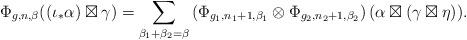
LaTeX: \begin{align*} \Phi_{g,n,\beta}((\iota_*\alpha)\boxtimes\gamma)=\sum_{\beta_1+\beta_2=\beta}\left( \Phi_{g_1,n_1+1,\beta_1}\otimes \Phi_{g_2,n_2+1,\beta_2} \right)(\alpha\boxtimes (\gamma\boxtimes\eta)).\end{align*}